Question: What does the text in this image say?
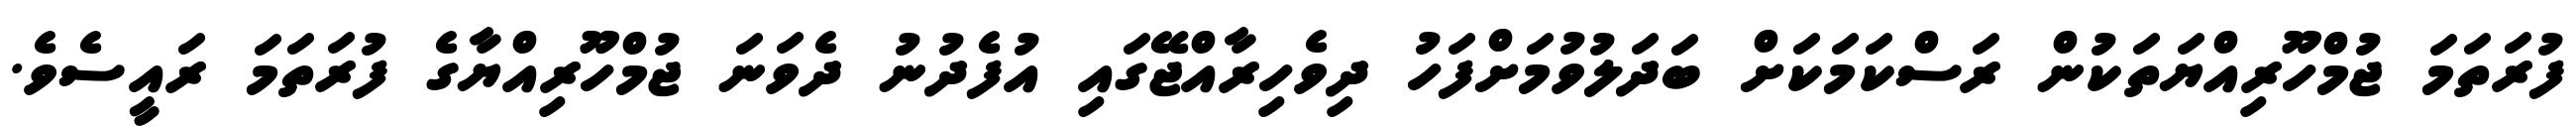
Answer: ފުރަތަމަ ޖުމްހޫރިއްޔަތަކުން ރަސްކަމަކަށް ބަދަލުވުމަށްފަހު ދިވެހިރާއްޖޭގައި އުފެދުނު ދެވަނަ ޖުމްހޫރިއްޔާގެ ފުރަތަމަ ރައީސެވެ.